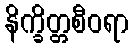
နိက္ခိတ္တစီဝရာ